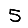
Digit: 5